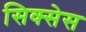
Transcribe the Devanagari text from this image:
सिक्सेस